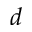
d